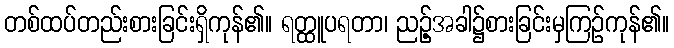
တစ်ထပ်တည်းစားခြင်းရှိကုန်၏။ ရတ္ထူပရတာ၊ ညဉ့်အခါ၌စားခြင်းမှကြဉ်ကုန်၏။